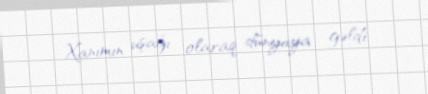
Xanımın uşağı olaraq dünyaya gəldi.